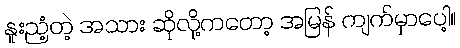
နူးညံ့တဲ့ အသား ဆိုလို့ကတော့ အမြန် ကျက်မှာပေါ့။